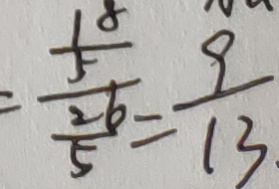
= \frac { \frac { 1 8 } { 5 } } { \frac { 2 6 } { 5 } } = \frac { 9 } { 1 3 }